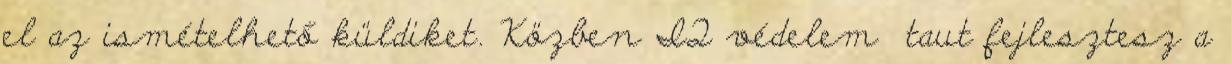
el az ismételhető küldiket. Közben IQ védelem taut fejlesztesz a